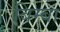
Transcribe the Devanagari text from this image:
बिम्बा